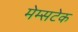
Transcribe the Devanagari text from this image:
मेम्सटेक